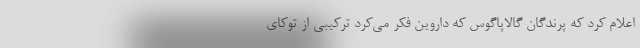
اعلام کرد که پرندگان گالاپاگوس که داروین فکر می‌کرد ترکیبی از توکای